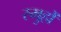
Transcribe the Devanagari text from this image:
स्मुहों